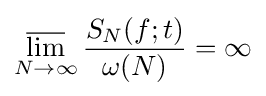
\varlimsup _{N\to \infty }{\frac {S_{N}(f;t)}{\omega (N)}}=\infty